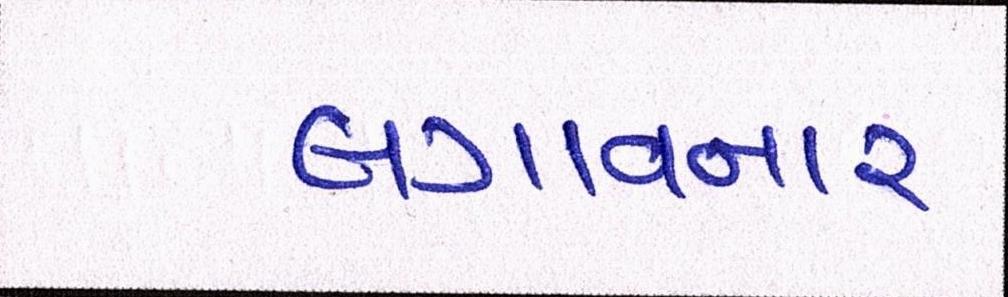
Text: લગાવનાર